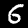
Label: 6